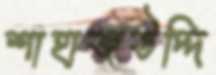
শাহাজউদ্দি